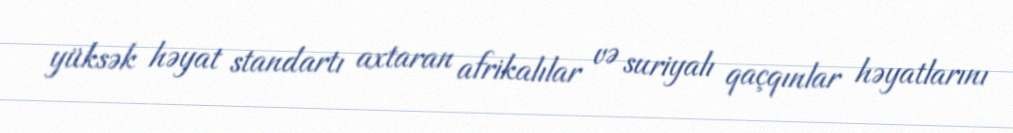
yüksək həyat standartı axtaran afrikalılar və suriyalı qaçqınlar həyatlarını